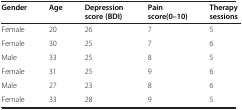
<table><thead><tr><td><b>Gender</b></td><td><b>Age</b></td><td><b>Depression score (BDI)</b></td><td><b>Pain score(0–10)</b></td><td><b>Therapy sessions</b></td></tr></thead><tbody><tr><td>Female</td><td>20</td><td>26</td><td>7</td><td>5</td></tr><tr><td>Female</td><td>30</td><td>25</td><td>7</td><td>6</td></tr><tr><td>Male</td><td>33</td><td>25</td><td>8</td><td>5</td></tr><tr><td>Female</td><td>31</td><td>25</td><td>9</td><td>6</td></tr><tr><td>Male</td><td>27</td><td>23</td><td>8</td><td>6</td></tr><tr><td>Female</td><td>33</td><td>28</td><td>9</td><td>5</td></tr></tbody></table>